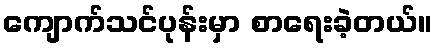
ကျောက်သင်ပုန်းမှာ စာရေးခဲ့တယ်။